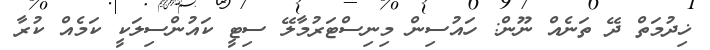
ޚިދުމަތް ދޭ ތަނެއް ނޫން: ހައުސިން މިނިސްޓަރުމާލޭ ސިޓީ ކައުންސިލަކީ ކަމެއް ކުރާ